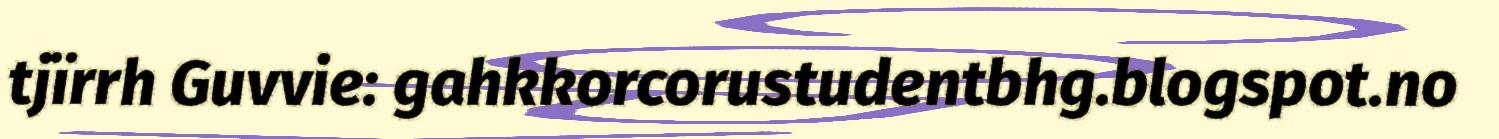
tjïrrh Guvvie: gahkkorcorustudentbhg.blogspot.no